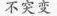
不突变